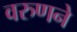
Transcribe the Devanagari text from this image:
वरुणने